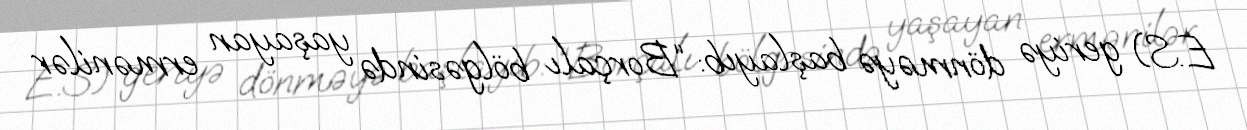
E.S) geriyə dönməyə başlayıb: “Borçalı bölgəsində yaşayan ermənilər